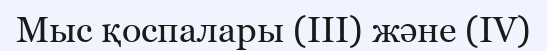
Мыс қоспалары (ІІІ) және (ІV)